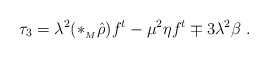
\begin{align*} \tau_3=\lambda^2(*_{{}_M}\hat{\rho})f^t-\mu^2\eta f^t\mp3\lambda^2\beta \ .\end{align*}